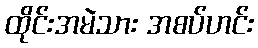
ထိုင်းအမဲသား အစပ်ဟင်း